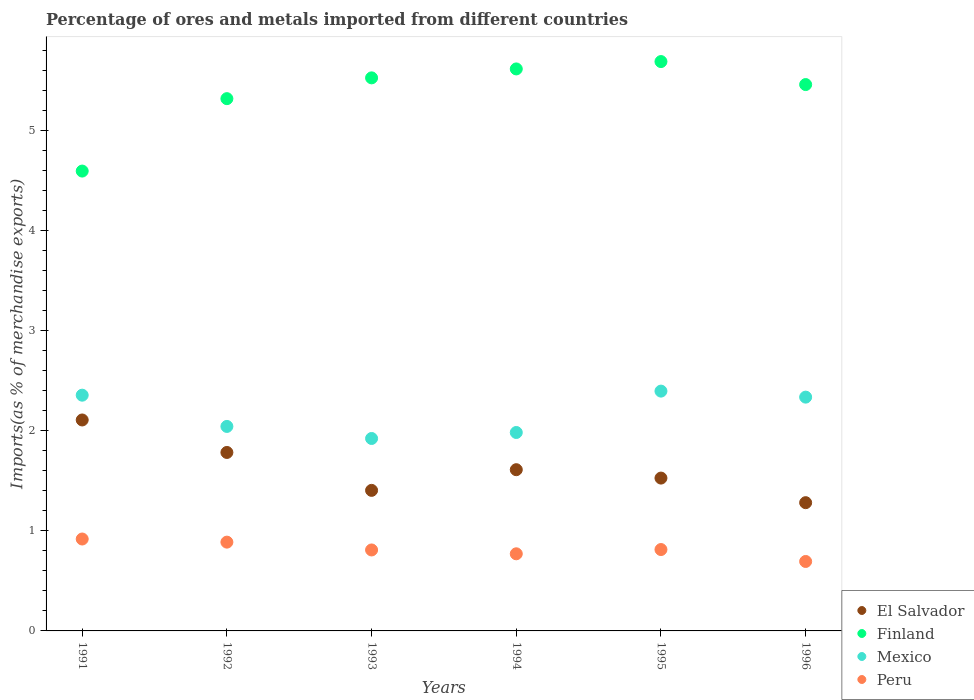
| Years | El Salvador | Finland | Mexico | Peru |
 | --- | --- | --- | --- | --- |
 | 1991 | 2.11 | 4.59 | 2.36 | 0.918 |
 | 1992 | 1.78 | 5.32 | 2.04 | 0.887 |
 | 1993 | 1.4 | 5.53 | 1.92 | 0.809 |
 | 1994 | 1.61 | 5.61 | 1.98 | 0.77 |
 | 1995 | 1.53 | 5.69 | 2.4 | 0.813 |
 | 1996 | 1.28 | 5.46 | 2.34 | 0.694 |